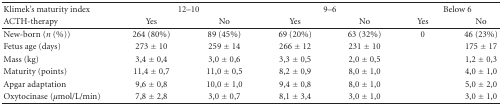
<table><thead><tr><td><b>Klimek&#x27;s maturity index</b></td><td colspan="2"><b>12–10</b></td><td colspan="2"><b>9–6</b></td><td colspan="2"><b>Below 6</b></td></tr><tr><td><b>ACTH-therapy</b></td><td><b>Yes</b></td><td><b>No</b></td><td><b>Yes</b></td><td><b>No</b></td><td><b>Yes</b></td><td><b>No </b></td></tr></thead><tbody><tr><td>New-born (<i>n</i> (%))</td><td>264 (80%)</td><td>89 (45%)</td><td>69 (20%)</td><td>63 (32%)</td><td>0</td><td>46 (23%)</td></tr><tr><td>Fetus age (days)</td><td>273 ± 10</td><td>259 ± 14</td><td>266 ± 12</td><td>231 ± 10</td><td></td><td>175 ± 17</td></tr><tr><td>Mass (kg)</td><td>3,4 ± 0,4</td><td>3,0 ± 0,6</td><td>3,3 ± 0,5</td><td>2,0 ± 0,5</td><td></td><td>1,2 ± 0,3</td></tr><tr><td>Maturity (points)</td><td>11,4 ± 0,7</td><td>11,0 ± 0,5</td><td>8,2 ± 0,9</td><td>8,0 ± 1,0</td><td></td><td>4,0 ± 1,0</td></tr><tr><td>Apgar adaptation</td><td>9,6 ± 0,8</td><td>10,0 ± 1,0</td><td>9,4 ± 0,8</td><td>8,0 ± 1,0</td><td></td><td>5,0 ± 2,0</td></tr><tr><td>Oxytocinase (<i>μ</i>mol/L/min)</td><td>7,8 ± 2,8</td><td>3,0 ± 0,7</td><td>8,1 ± 3,4</td><td>3,0 ± 1,0</td><td></td><td>3,0 ± 1,0</td></tr></tbody></table>